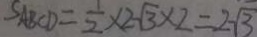
S A B C D = \frac { 1 } { 2 } \times 2 \sqrt { 3 } \times 2 = 2 \sqrt { 3 }